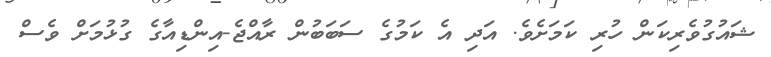
ޝައުގުވެރިކަން ހުރި ކަމަށެވެ. އަދި އެ ކަމުގެ ސަބަބުން ރާއްޖެ-އިންޑިއާގެ ގުޅުމަށް ވެސް